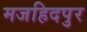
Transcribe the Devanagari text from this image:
मजहिदपुर